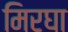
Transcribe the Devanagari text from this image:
मिरघा